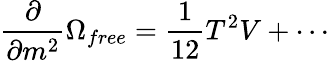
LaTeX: \frac{\partial}{\partial m^{2}}\Omega_{free}=\frac{1}{12}T^{2}V+\cdots